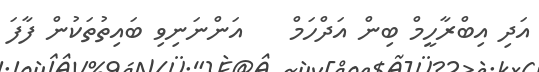
އަދި އިބްރާހީމް ބިން އަދްހަމް    އަންނަނިވި ބައިތުތަކުން ފާފަ